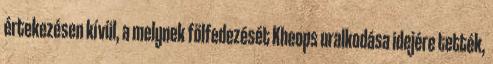
értekezésen kívül, a melynek fölfedezését Kheops uralkodása idejére tették,